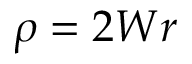
\rho = 2 W r